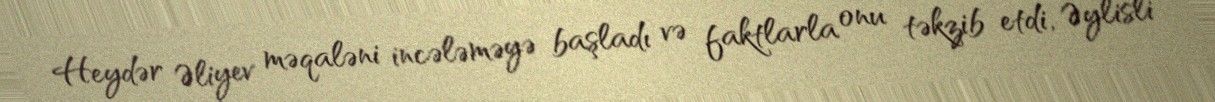
Heydər Əliyev məqaləni incələməyə başladı və faktlarla onu təkzib etdi, Əylisli